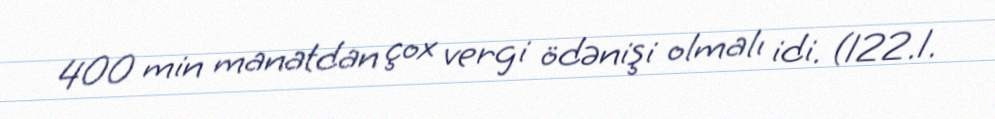
400 min manatdan çox vergi ödənişi olmalı idi. (122.1.